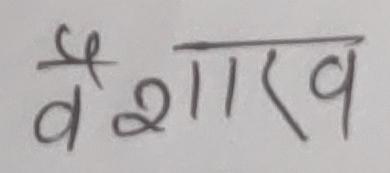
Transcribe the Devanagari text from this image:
वैशाख